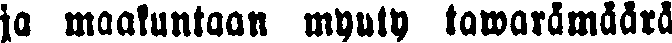
ja maakuntaan myyty tawaramäärä